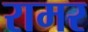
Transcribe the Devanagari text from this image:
रामर